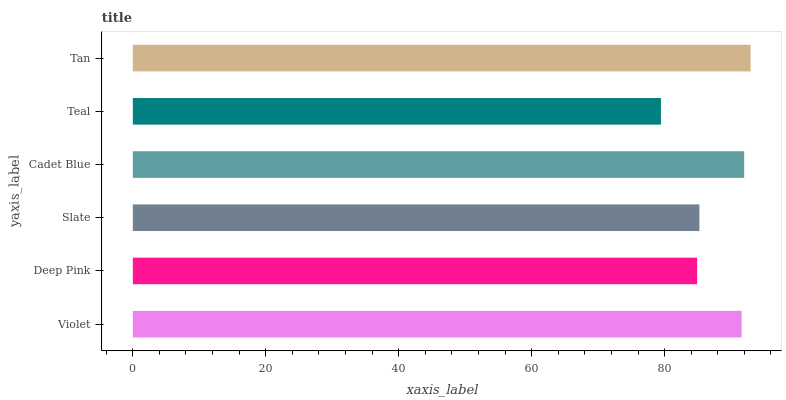
| yaxis_label | bars |
 | --- | --- |
 | Violet | 91.6 |
 | Deep Pink | 84.9 |
 | Slate | 85.2 |
 | Cadet Blue | 92 |
 | Teal | 79.4 |
 | Tan | 92.9 |